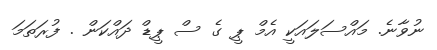
ނުވާނެ. މައްސަލައަކީ އެމް ޕީ ގެ ސް ޕީޑް ދައްކަން . ފުރަތަމަ